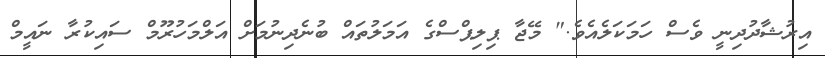
އިރުޝާދުދިނީ ވެސް ހަމަކަލެއެވެ." މޭޖާ ޕިލިޕްސްގެ އަމަލުތައް ބުނެދިނުމަށް އަލްމަހުރޫމް ސައިކުރާ ނައީމް